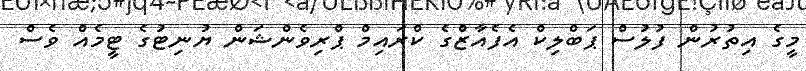
މީގެ އިތުރުން ފުލުސް ޕަބްލިކް އެފެއާޒްގެ ކްރައިމް ޕްރިވެންޝަން ޔުނިޓުގެ ޓީމެއް ވެސް